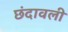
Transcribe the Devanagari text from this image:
छंदावली